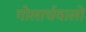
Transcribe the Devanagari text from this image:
गोलार्धवालों